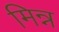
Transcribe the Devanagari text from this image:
मिन्न